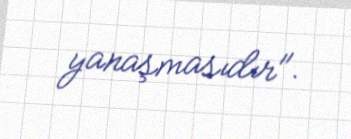
yanaşmasıdır".